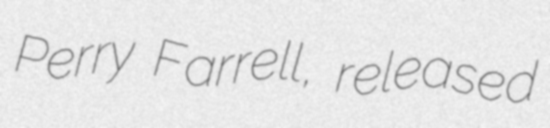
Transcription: Perry Farrell, released